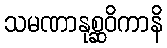
သမဏာနုစ္ဆဝိကာနိ